Indian journal of veterinary science and animal husbandry - Volume 5,
Year: 1935
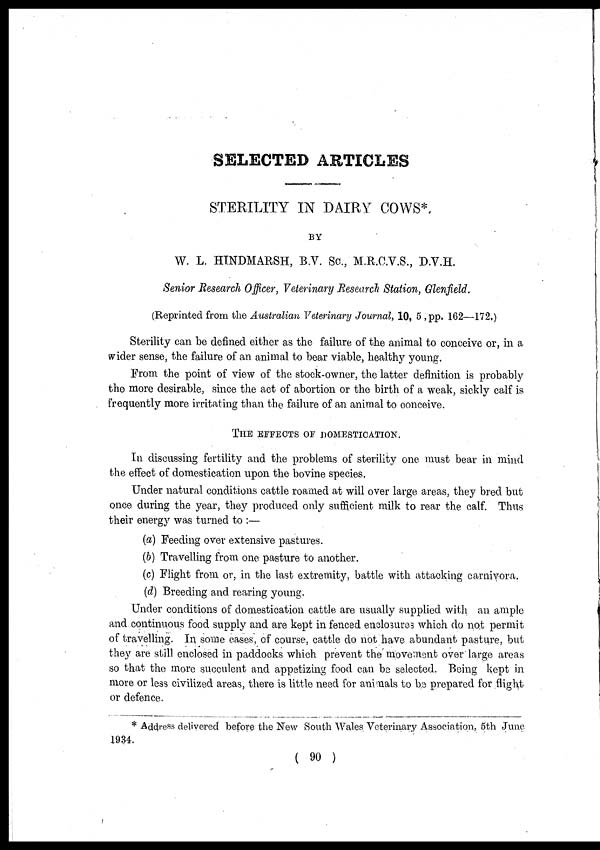
SELECTED ARTICLES
STERILITY IN DAIRY COWS*.
BY
W. L. HINDMARSH, B.V. Sc., M.R.C.V.S., D.V.H.
Senior Research Officer, Veterinary Research Station, Glenfield.
(Reprinted from the Australian Veterinary Journal, 10, 5, pp. 162—172.)
Sterility can be defined either as the failure of the animal to conceive or, in a
wider sense, the failure of an animal to bear viable, healthy young.
From the point of view of the stock-owner, the latter definition is probably
the more desirable, since the act of abortion or the birth of a weak, sickly calf is
frequently more irritating than the failure of an animal to conceive.
THE EFFECTS OF DOMESTICATION.
In discussing fertility and the problems of sterility one must bear in mind
the effect of domestication upon the bovine species.
Under natural conditions cattle roamed at will over large areas, they bred but
once during the year, they produced only sufficient milk to rear the calf. Thus
their energy was turned to :—
(a) Feeding over extensive pastures.
(b) Travelling from one pasture to another.
(c) Flight from or, in the last extremity, battle with attacking carnivora.
(d) Breeding and rearing young.
Under conditions of domestication cattle are usually supplied with an ample
and continuous food supply and are kept in fenced enclosures which do not permit
of travelling. In some cases, of course, cattle do not have abundant pasture, but
they are still enclosed in paddocks which prevent the movement over large areas
so that the more succulent and appetizing food can be selected. Being kept in
more or less civilized areas, there is little need for animals to be prepared for flight
or defence.
* Address delivered before the New South Wales Veterinary Association, 5th June
1934.
( 90 )